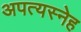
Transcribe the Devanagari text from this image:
अपत्यस्नेह